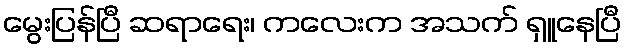
မွေးပြန်ပြီ ဆရာရေး၊ ကလေးက အသက် ရှူနေပြီ